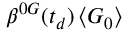
\boldsymbol { \beta } ^ { 0 G } ( t _ { d } ) \left\langle \boldsymbol { G } _ { 0 } \right\rangle